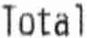
TOTAL